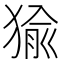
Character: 㺄